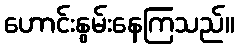
ဟောင်းနွမ်းနေကြသည်။